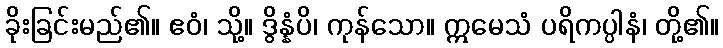
ခိုးခြင်းမည်၏။ ဧဝံ၊ သို့။ ဒွိန္နံပိ၊ ကုန်သော။ ဣမေသံ ပရိကပ္ပါနံ၊ တို့၏။